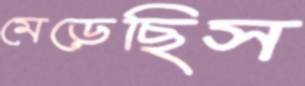
মেড়েছিস